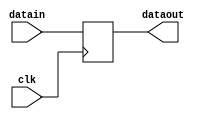
/*************************************************************
Design Name 	: 
File Name   	: .v
Function    	: 
Coder		    	: 
Last Modified	: 
*************************************************************/

module opa(datain,dataout,clk);
	input [15:0] datain;
	input clk;
	output [15:0] dataout;

	reg [15:0] dataout;
	
	always @ (posedge clk)
	begin
		dataout=datain;
		$display($time,"	At this posedge register A=%h",dataout);
	end

endmodule